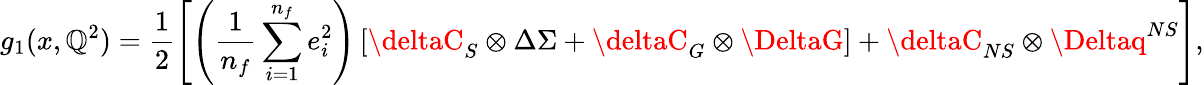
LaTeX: g_{1}(x,\mathbb{Q}^{2})=\frac{{1}}{{2}}\Biggl[\left(\frac{{1}}{{n_{f}}}\sum_{i=1}^{n_{f}}e_{i}^{2}\right)\left[\deltaC_{S}\otimes\Delta\Sigma+\deltaC_{G}\otimes\DeltaG\right]+\deltaC_{NS}\otimes\Deltaq^{NS}\Biggr],